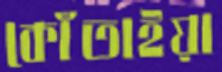
কোঁতাইয়া